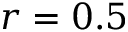
r = 0 . 5